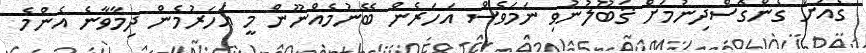
ގެއަށް ގެންގޮސްދިނުމަށް ޤަބޫލުނުވި ނަމަވެސް އަހަރެން ބޭނުމެއްނޫން މީ އަހަރުމެން ދިމާވާނެ އެންމެ